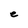
Character: e